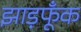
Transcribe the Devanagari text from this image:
झाड़फूँक